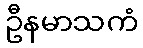
ဦနမာသကံ